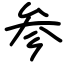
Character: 参